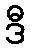
ဒီ